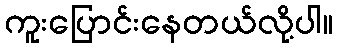
ကူးပြောင်းနေတယ်လို့ပါ။